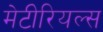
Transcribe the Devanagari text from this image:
मेटीरियल्स